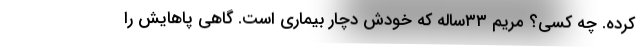
کرده. چه کسی؟ مریم ۳۳ساله که خودش دچار بیماری است. گاهی پاهایش را